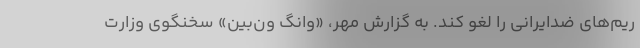
ریم‌های ضدایرانی را لغو کند. به گزارش مهر، «وانگ ون‌بین» سخنگوی وزارت